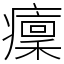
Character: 癛